画像に写った文字を読んでください
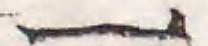
「一」と書いてあります